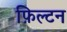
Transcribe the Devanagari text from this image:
फ़िल्टन